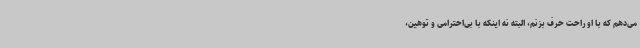
می‌دهم که با او راحت حرف بزنم، البته نه اینکه با بی‌احترامی و توهین،